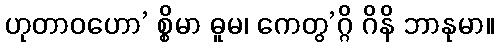
ဟုတာဝဟော’ စ္စိမာ ဓူမ၊ ကေတွ’ဂ္ဂိ ဂိနိ ဘာနုမာ။